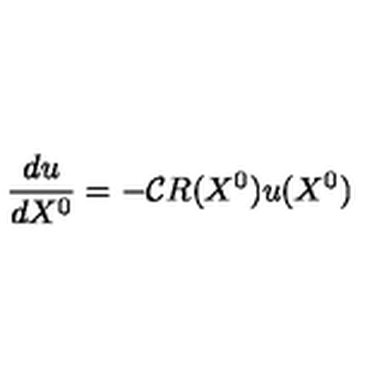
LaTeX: { \frac { d u } { d X ^ { 0 } } } = - { \cal C } R ( X ^ { 0 } ) u ( X ^ { 0 } )